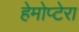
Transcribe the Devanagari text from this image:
हेमोप्टेरा